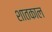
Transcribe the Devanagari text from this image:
शातकाल